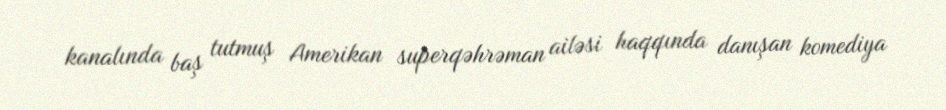
kanalında baş tutmuş Amerikan superqəhrəman ailəsi haqqında danışan komediya